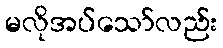
မလိုအပ်သော်လည်း